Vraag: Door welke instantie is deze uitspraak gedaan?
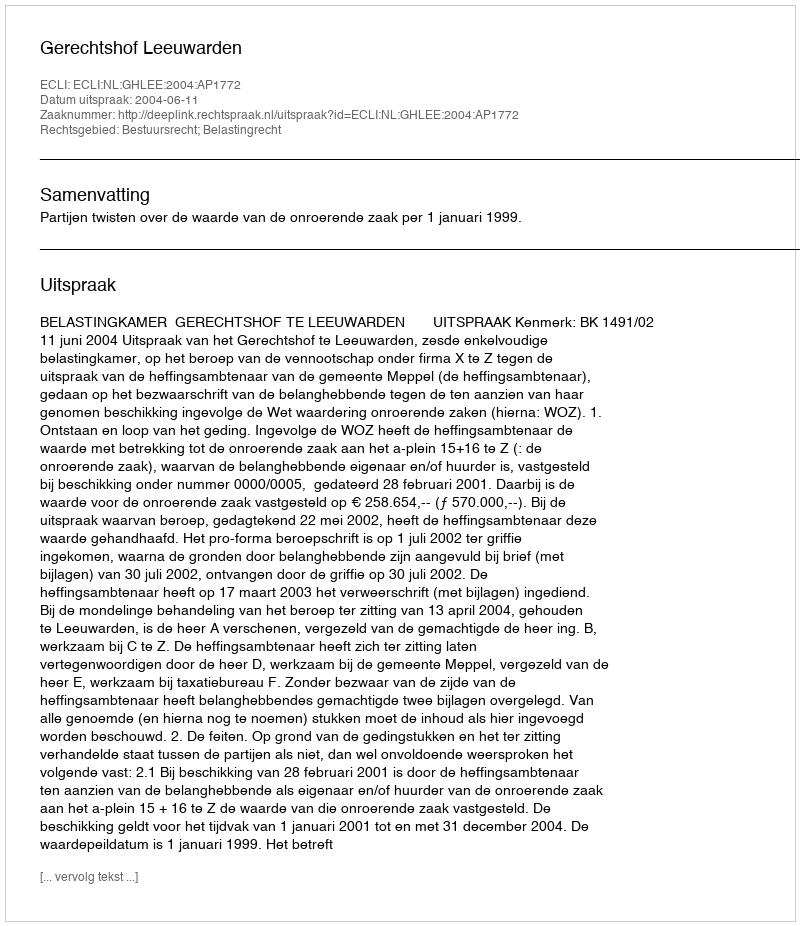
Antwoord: Gerechtshof Leeuwarden